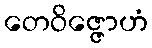
တေဝိဇ္ဇောဟံ